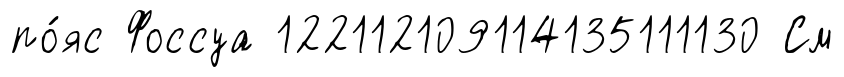
по́яс Фоссуа 122112109114135111130 См